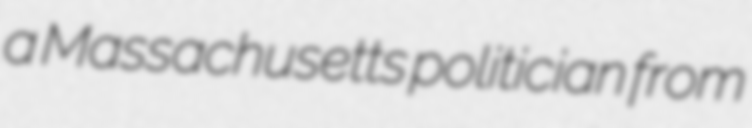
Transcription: a Massachusetts politician from